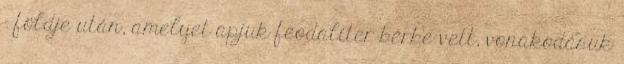
– földje után, amelyet apjuk feodaliter bérbe vett, vonakodásuk